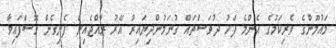
މައުމޫންގެ ވެރިކަމުގެ އެންމެ ފަހު ދުވަސްތައް ގުނަމުންދިޔައިރު އޭރު ރާއްޖެއިން ފެނިގެން ގޮސްފައިވާ